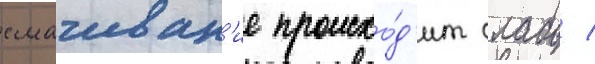
смачиван'ие происхо́д'ит слабо /